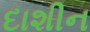
દાશીન